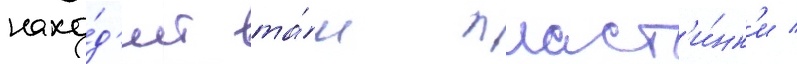
нахо́д'ит та́м пласт'и́нк'и /